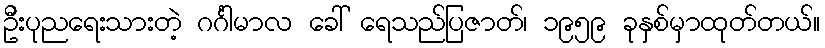
ဦးပုညရေးသားတဲ့ ဂင်္ဂါမာလ ခေါ် ရေသည်ပြဇာတ်၊ ၁၉၅၉ ခုနှစ်မှာထုတ်တယ်။